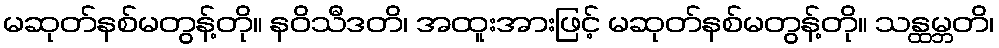
မဆုတ်နစ်မတွန့်တို။ နဝိသီဒတိ၊ အထူးအားဖြင့် မဆုတ်နစ်မတွန့်တို။ သန္ထမ္ဘတိ၊